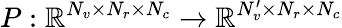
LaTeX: P:\mathbb{R}^{N_{v}\times N_{r}\times N_{c}}\rightarrow\mathbb{R}^{N_{v}^{\prime}\times N_{r}\times N_{c}}